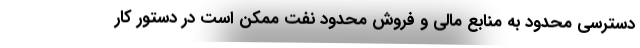
دسترسی محدود به منابع مالی و فروش محدود نفت ممکن است در دستور کار